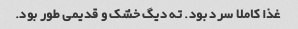
غذا کاملا سرد بود. ته دیگ خشک و قدیمی طور بود.